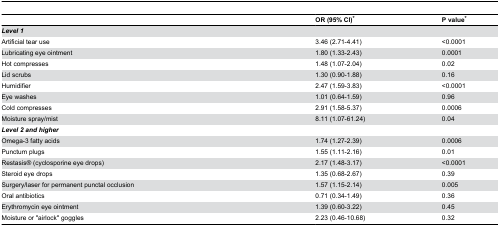
<table><thead><tr><td></td><td><b>OR (95% CI)*</b></td><td><b>P value*</b></td></tr></thead><tbody><tr><td><b><i>Level 1</i></b></td><td></td><td></td></tr><tr><td>Artificial tear use</td><td>3.46 (2.71-4.41)</td><td>&lt;0.0001</td></tr><tr><td>Lubricating eye ointment</td><td>1.80 (1.33-2.43)</td><td>0.0001</td></tr><tr><td>Hot compresses</td><td>1.48 (1.07-2.04)</td><td>0.02</td></tr><tr><td>Lid scrubs</td><td>1.30 (0.90-1.88)</td><td>0.16</td></tr><tr><td>Humidifier</td><td>2.47 (1.59-3.83)</td><td>&lt;0.0001</td></tr><tr><td>Eye washes</td><td>1.01 (0.64-1.59)</td><td>0.96</td></tr><tr><td>Cold compresses</td><td>2.91 (1.58-5.37)</td><td>0.0006</td></tr><tr><td>Moisture spray/mist</td><td>8.11 (1.07-61.24)</td><td>0.04</td></tr><tr><td><b><i>Level 2 and higher</i></b></td><td></td><td></td></tr><tr><td>Omega-3 fatty acids</td><td>1.74 (1.27-2.39)</td><td>0.0006</td></tr><tr><td>Punctum plugs</td><td>1.55 (1.11-2.16)</td><td>0.01</td></tr><tr><td>Restasis® (cyclosporine eye drops)</td><td>2.17 (1.48-3.17)</td><td>&lt;0.0001</td></tr><tr><td>Steroid eye drops</td><td>1.35 (0.68-2.67)</td><td>0.39</td></tr><tr><td>Surgery/laser for permanent punctal occlusion</td><td>1.57 (1.15-2.14)</td><td>0.005</td></tr><tr><td>Oral antibiotics</td><td>0.71 (0.34-1.49)</td><td>0.36</td></tr><tr><td>Erythromycin eye ointment</td><td>1.39 (0.60-3.22)</td><td>0.45</td></tr><tr><td>Moisture or &quot;airlock&quot; goggles</td><td>2.23 (0.46-10.68)</td><td>0.32</td></tr></tbody></table>